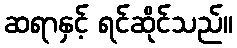
ဆရာနှင့် ရင်ဆိုင်သည်။